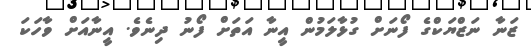
ޒަނާ ނަޒްޔަކްގެ ފޯނަށް ގުޅާލަމުން އީނާ އަތަށް ފޯނު ދިނެވެ. އީނާއަށް ވާހަކަ